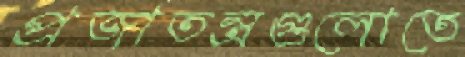
প্রজাতন্ত্রগুলোতে